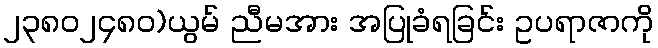
၂၃၈၀၂၄၈၀)ယွမ် ညီမအား အပြုခံရခြင်း ဥပရာဇာကို